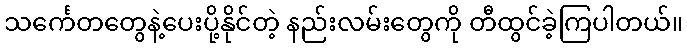
သင်္ကေတတွေနဲ့ပေးပို့နိုင်တဲ့ နည်းလမ်းတွေကို တီထွင်ခဲ့ကြပါတယ်။